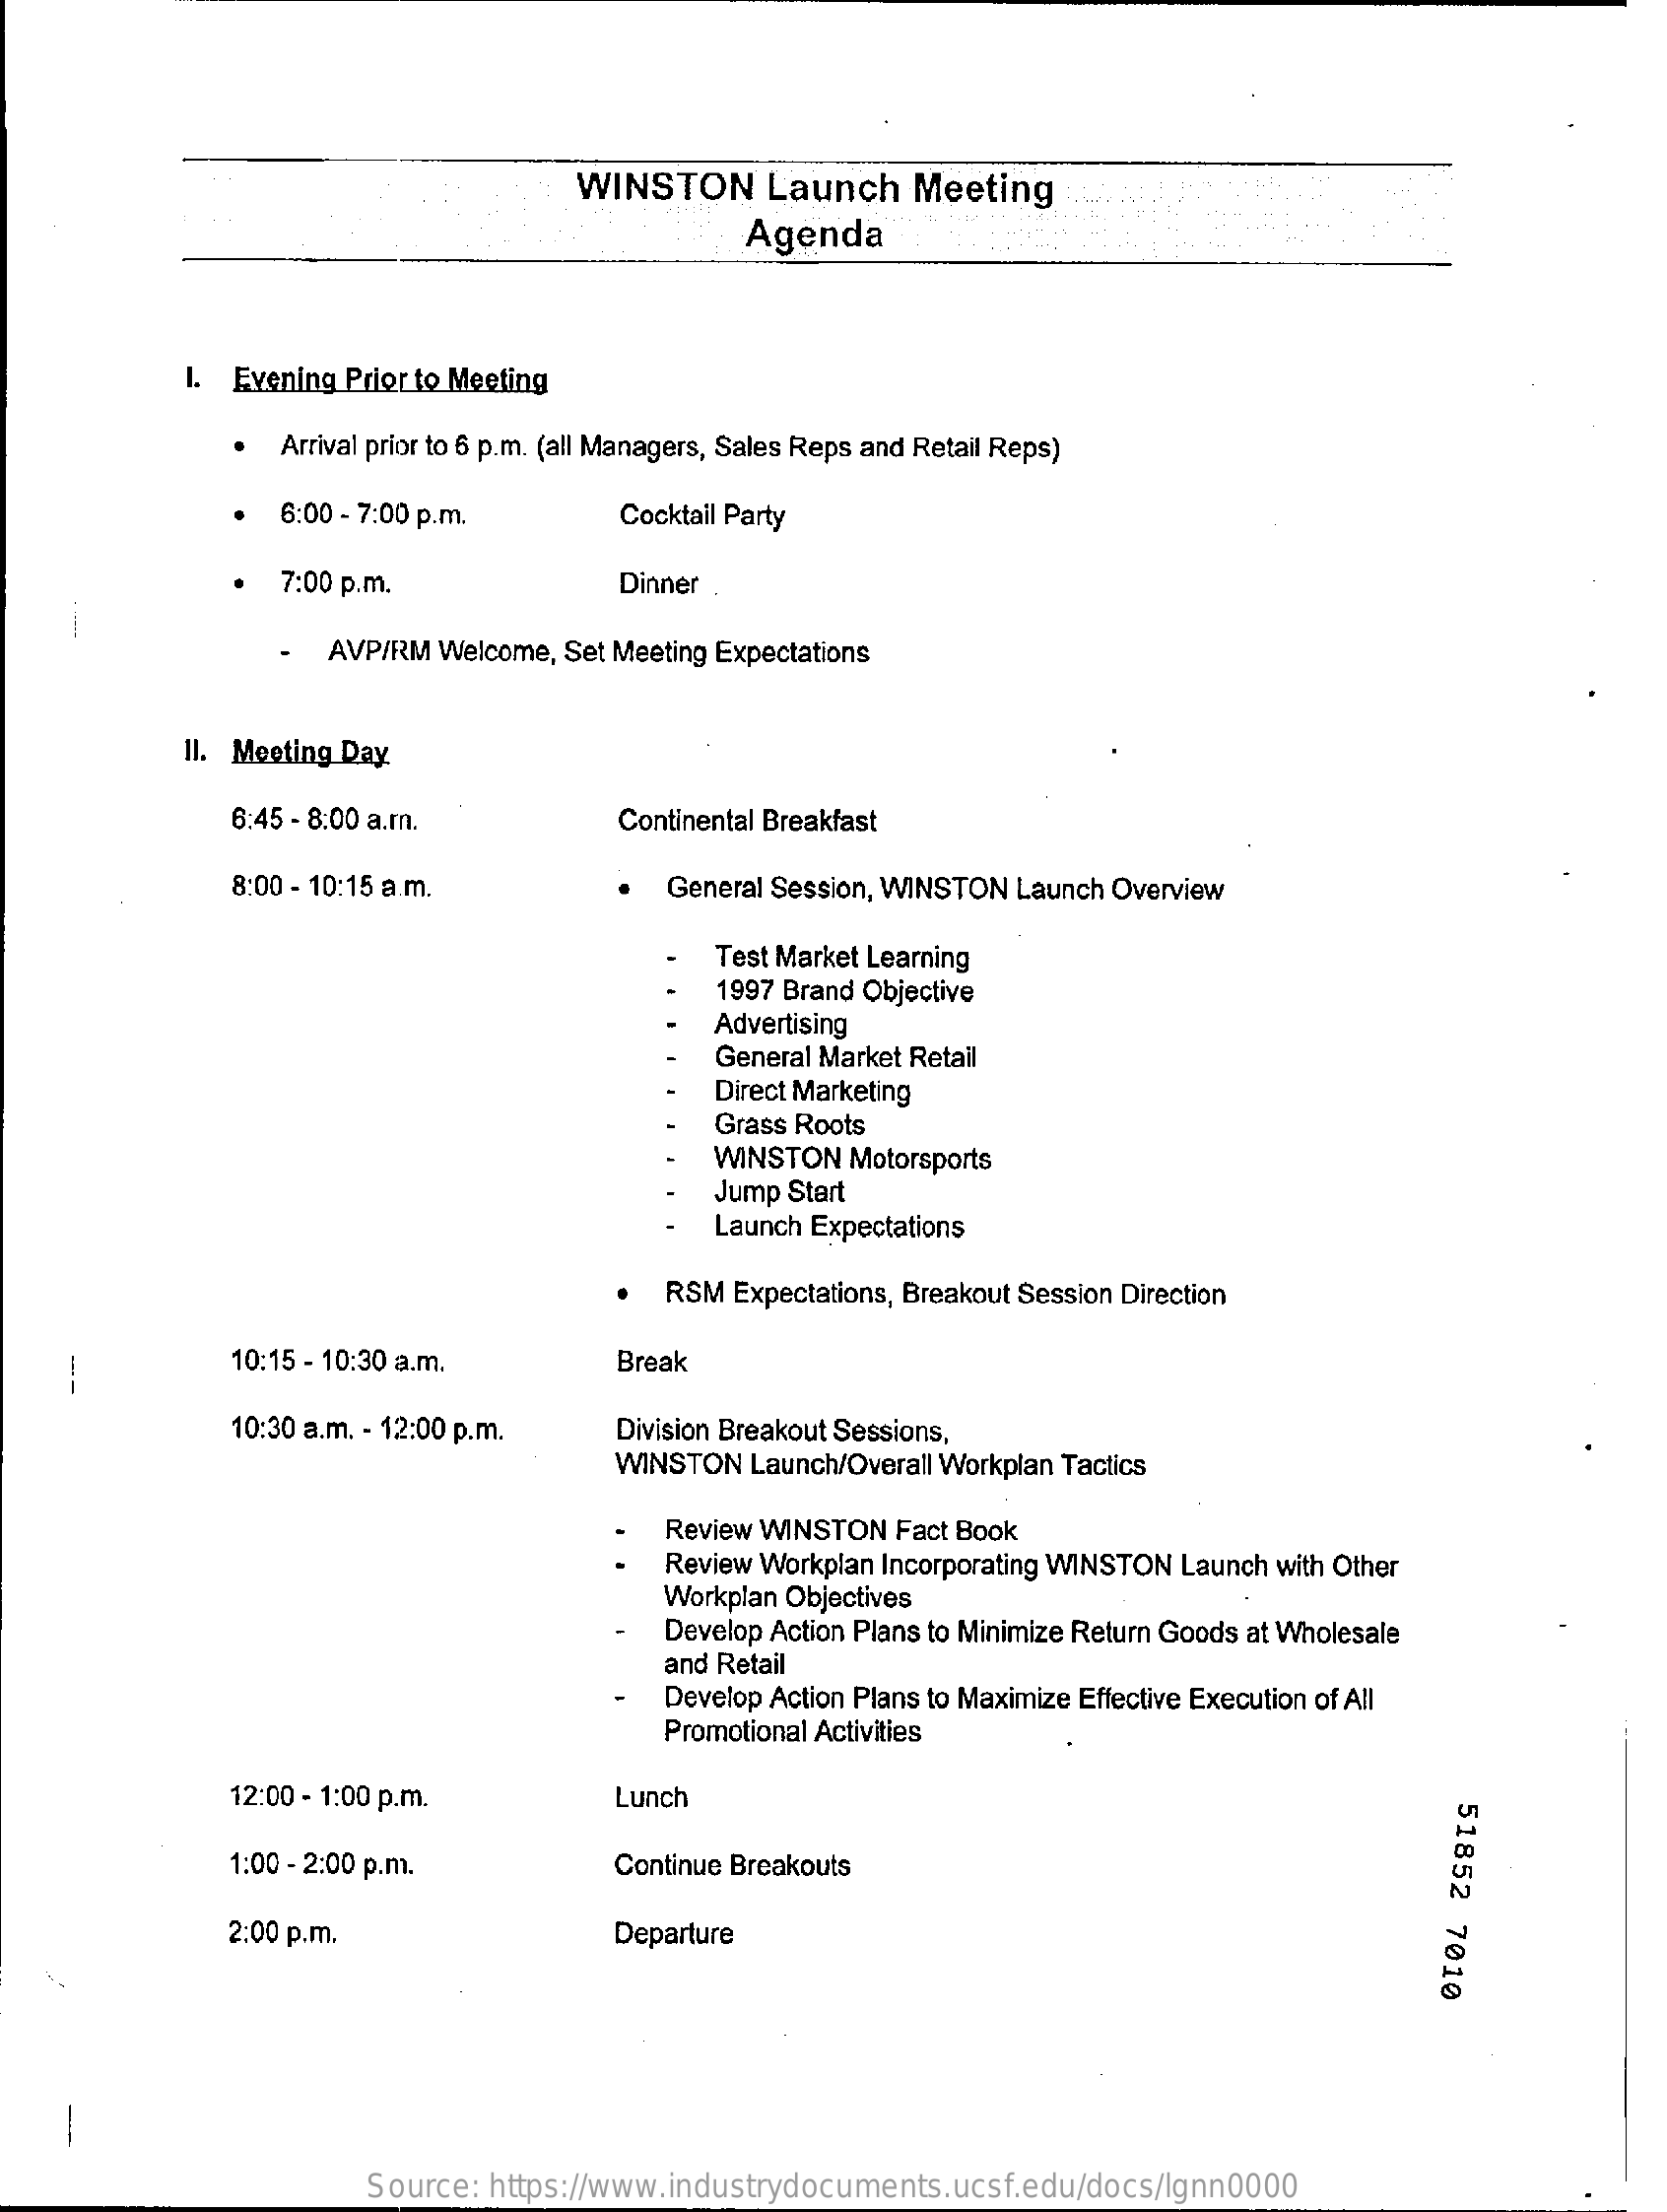
WINSTON    Launch   Meeting
     Agenda
     1. Evening Prior to Meeting
     Arrival prior to 6 p.m. (all Managers, Sales Reps and Retail Reps)
     6:00 - 7:00 p.m.    Cocktail Party
     ·  7:00 p.m.    Dinner
     AVP/RM Welcome, Set Meeting Expectations
     11. Meeting Day
     6:45 - 8:00 a.rn.    Continental Breakfast
     8:00 - 10:15 a.m.    General Session, WINSTON Launch Overview
     Test Market Learning
     1997 Brand Objective
     Advertising
     General Market Retail
     Direct Marketing
     Grass Roots
     WINSTON Motorsports
     Jump Start
     Launch Expectations
     RSM  Expectations, Breakout Session Direction
     10:15 - 10:30 a.m.    Break
     10:30 a.m. - 12:00 p.m. Division Breakout Sessions,
     WINSTON  Launch/Overall Workplan Tactics
     Review WINSTON Fact Book
     Review Workplan Incorporating WINSTON Launch with Other
     Workplan Objectives
     Develop Action Plans to Minimize Return Goods at Wholesale
     and Retail
     Develop Action Plans to Maximize Effective Execution of All
     Promotional Activities
     12:00 - 1:00 p.m.    Lunch
     51852
     7010
     1:00 - 2:00 p.m.    Continue Breakouts
     2:00 p.m.    Departure
     Source: https://www.industrydocuments.ucsf.edu/docs/lgnn0000